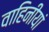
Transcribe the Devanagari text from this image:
वाहिनीयां